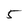
Character: 5